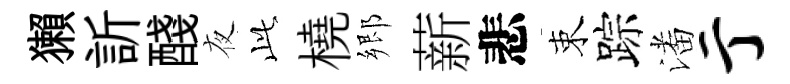
獺訢醆夜𬼘橈郷薪悲束踪潘亍